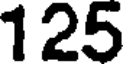
125